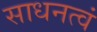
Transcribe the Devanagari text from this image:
साधनत्वं